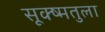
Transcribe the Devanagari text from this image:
सूक्ष्मतुला